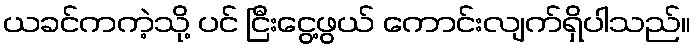
ယခင်ကကဲ့သို့ ပင် ငြီးငွေ့ဖွယ် ကောင်းလျက်ရှိပါသည်။